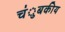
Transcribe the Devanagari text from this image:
चंुबकीय